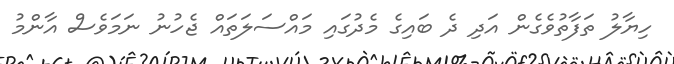
ހިޔާލު ތަފާތުވެގެން އަދި ދެ ބައިގެ މެދުގައި މައްސަލަތައް ޖެހުނު ނަމަވެސް އާންމު